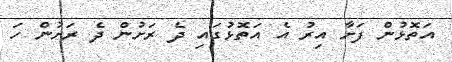
އަތޮޅުން ފަށާ އިރު އެ އަތޮޅުގައި ދެ ރަށުން ދެ ރަށުން ހަ